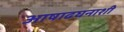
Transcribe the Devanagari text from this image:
आषाढघनाशी